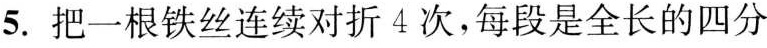
5.把一根铁丝连续对折4次，每段是全长的四分